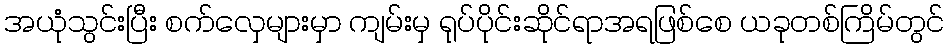
အယုံသွင်းပြီး စက်လှေများမှာ ကျမ်းမှ ရုပ်ပိုင်းဆိုင်ရာအရဖြစ်စေ ယခုတစ်ကြိမ်တွင်